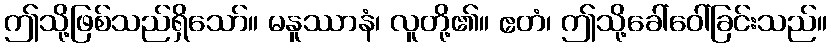
ဤသို့ဖြစ်သည်ရှိသော်။ မနူဿာနံ၊ လူတို့၏။ ဧတံ၊ ဤသို့ခေါ်ဝေါ်ခြင်းသည်။